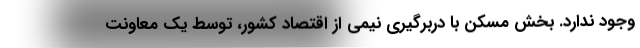
وجود ندارد. بخش مسکن با دربرگیری نیمی از اقتصاد کشور، توسط یک معاونت